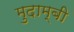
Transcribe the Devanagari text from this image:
मुदाम्बी